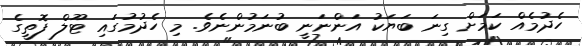
ހެދުމެއް ކަމަށް ގިނަ ބަޔަކު އަންނަނީ ބުނަމުންނެވެ. މި ހެދުމުގައި ޓޫލް ފޮތީގެ